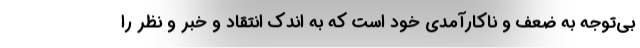
بی‌توجه به ضعف و ناکارآمدی خود است که به اندک انتقاد و خبر و نظر را